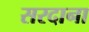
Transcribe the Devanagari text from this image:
सरदाना